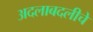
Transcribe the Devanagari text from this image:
अदलाबदलीचे